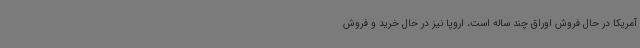
آمریکا در حال فروش اوراق چند ساله است، اروپا نیز در حال خرید و فروش